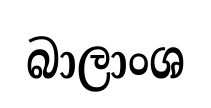
බාලාංශ